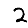
Digit: 2